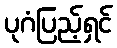
ပုဂံပြည့်ရှင်